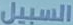
السبيل